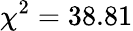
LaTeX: \chi^{2}=38.81